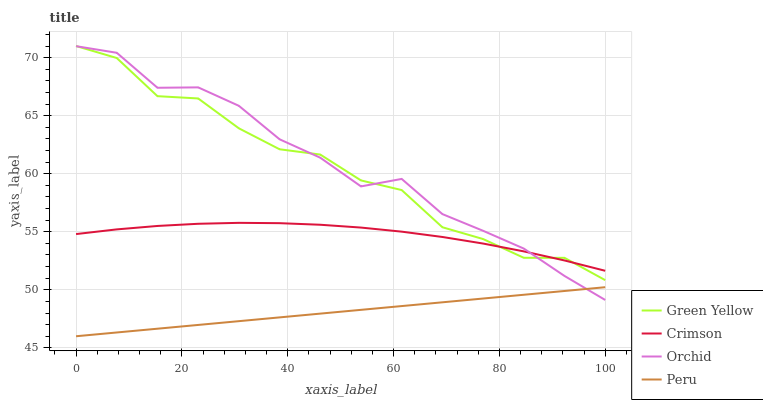
| xaxis_label | Green Yellow | Crimson | Orchid | Peru |
 | --- | --- | --- | --- | --- |
 | 0 | 71 | 54.8 | 71 | 46 |
 | 7.69 | 70 | 55.2 | 70.4 | 46.3 |
 | 15.4 | 66.7 | 55.5 | 67.4 | 46.6 |
 | 23.1 | 66.5 | 55.7 | 67.4 | 47 |
 | 30.8 | 63.9 | 55.8 | 65.8 | 47.3 |
 | 38.5 | 62.1 | 55.7 | 63 | 47.6 |
 | 46.2 | 61.7 | 55.6 | 61.4 | 47.9 |
 | 53.8 | 59.4 | 55.4 | 58.9 | 48.3 |
 | 61.5 | 58.6 | 55 | 59.6 | 48.6 |
 | 69.2 | 55.4 | 54.6 | 56.5 | 48.9 |
 | 76.9 | 54.4 | 54 | 55.1 | 49.2 |
 | 84.6 | 52.8 | 53.3 | 53.6 | 49.6 |
 | 92.3 | 52.8 | 52.5 | 51.2 | 49.9 |
 | 100 | 50.8 | 51.6 | 49.1 | 50.2 |